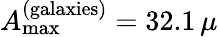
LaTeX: A_{\mathrm{max}}^{\mathrm{(galaxies)}}=32.1\, \mu